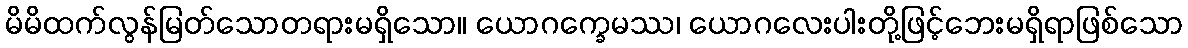
မိမိထက်လွန်မြတ်သောတရားမရှိသော။ ယောဂက္ခေမဿ၊ ယောဂလေးပါးတို့ဖြင့်ဘေးမရှိရာဖြစ်သော